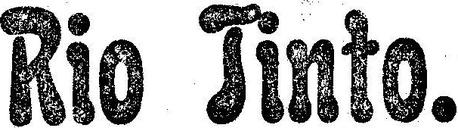
Rio Tinto.